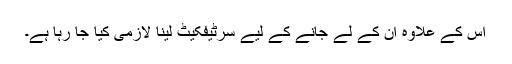
اس کے علاوہ ان کے لے جانے کے لیے سرٹیفکیٹ لینا لازمی کیا جا رہا ہے۔